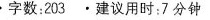
字数:203.建议用时:7分钟